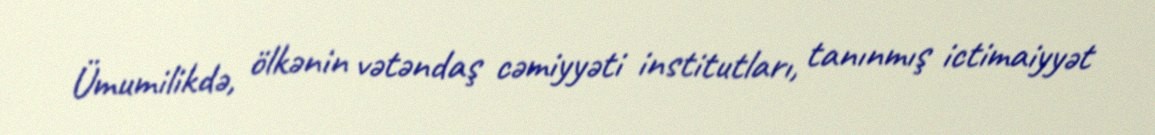
Ümumilikdə, ölkənin vətəndaş cəmiyyəti institutları, tanınmış ictimaiyyət